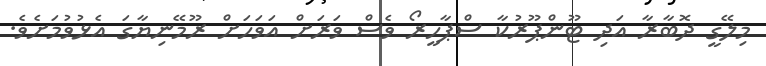
މިލޭގީ ދޮބާރާ އަދި ޓޫންޕޫރުކާ ސްޕާހީރޯ ވެސް ވަރަށް އަވަހަށް ރޫމޭނިޔާގަ އެޅުވުމަށެވެ.